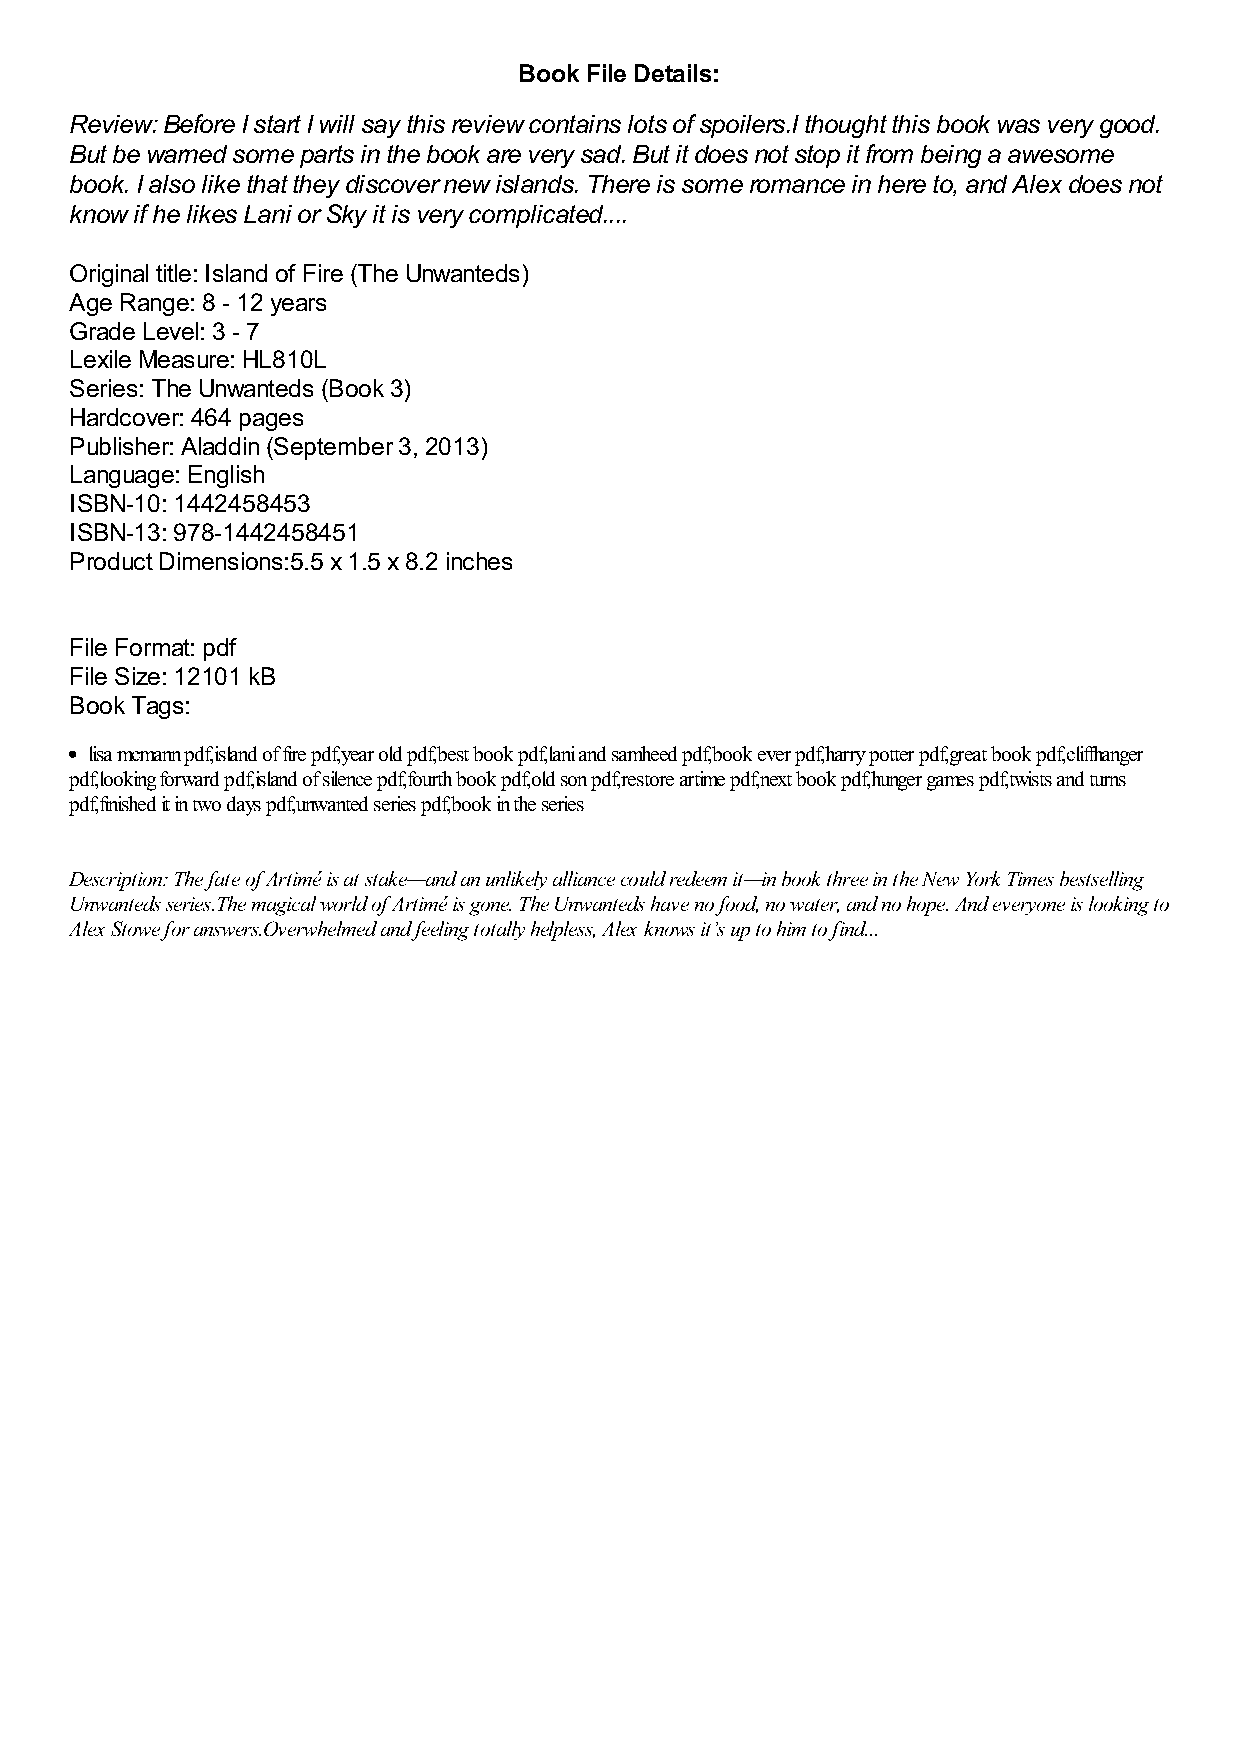
Book File Details:
 Review: Before I start I will say this review contains lots of spoilers.I thought this book was very good.
 But be warned some parts in the book are very sad. But it does not stop it from being a awesome
 book. I also like that they discover new islands. There is some romance in here to, and Alex does not
 know if he likes Lani or Sky it is very complicated....
 Original title: Island of Fire (The Unwanteds)
 Age Range: 8 - 12 years
 Grade Level: 3 - 7
 Lexile Measure: HL810L
 Series: The Unwanteds (Book 3)
 Hardcover: 464 pages
 Publisher: Aladdin (September 3, 2013)
 Language: English
 ISBN-10: 1442458453
 ISBN-13: 978-1442458451
 Product Dimensions:5.5 x 1.5 x 8.2 inches
 File Format: pdf
 File Size: 12101 kB
 Book Tags:
 lisa mcmann pdf,island of fire pdf,year old pdf,best book pdf,lani and samheed pdf,book ever pdf,harry potter pdf,great book pdf,cliffhanger
 pdf,looking forward pdf,island of silence pdf,fourth book pdf,old son pdf,restore artime pdf,next book pdf,hunger games pdf,twists and turns
 pdf,finished it in two days pdf,unwanted series pdf,book in the series
 Description: The fate of Artimé is at stake—and an unlikely alliance could redeem it—in book three in the New York Times bestselling
 Unwanteds series.The magical world of Artimé is gone. The Unwanteds have no food, no water, and no hope. And everyone is looking to
 Alex Stowe for answers.Overwhelmed and feeling totally helpless, Alex knows it’s up to him to find...